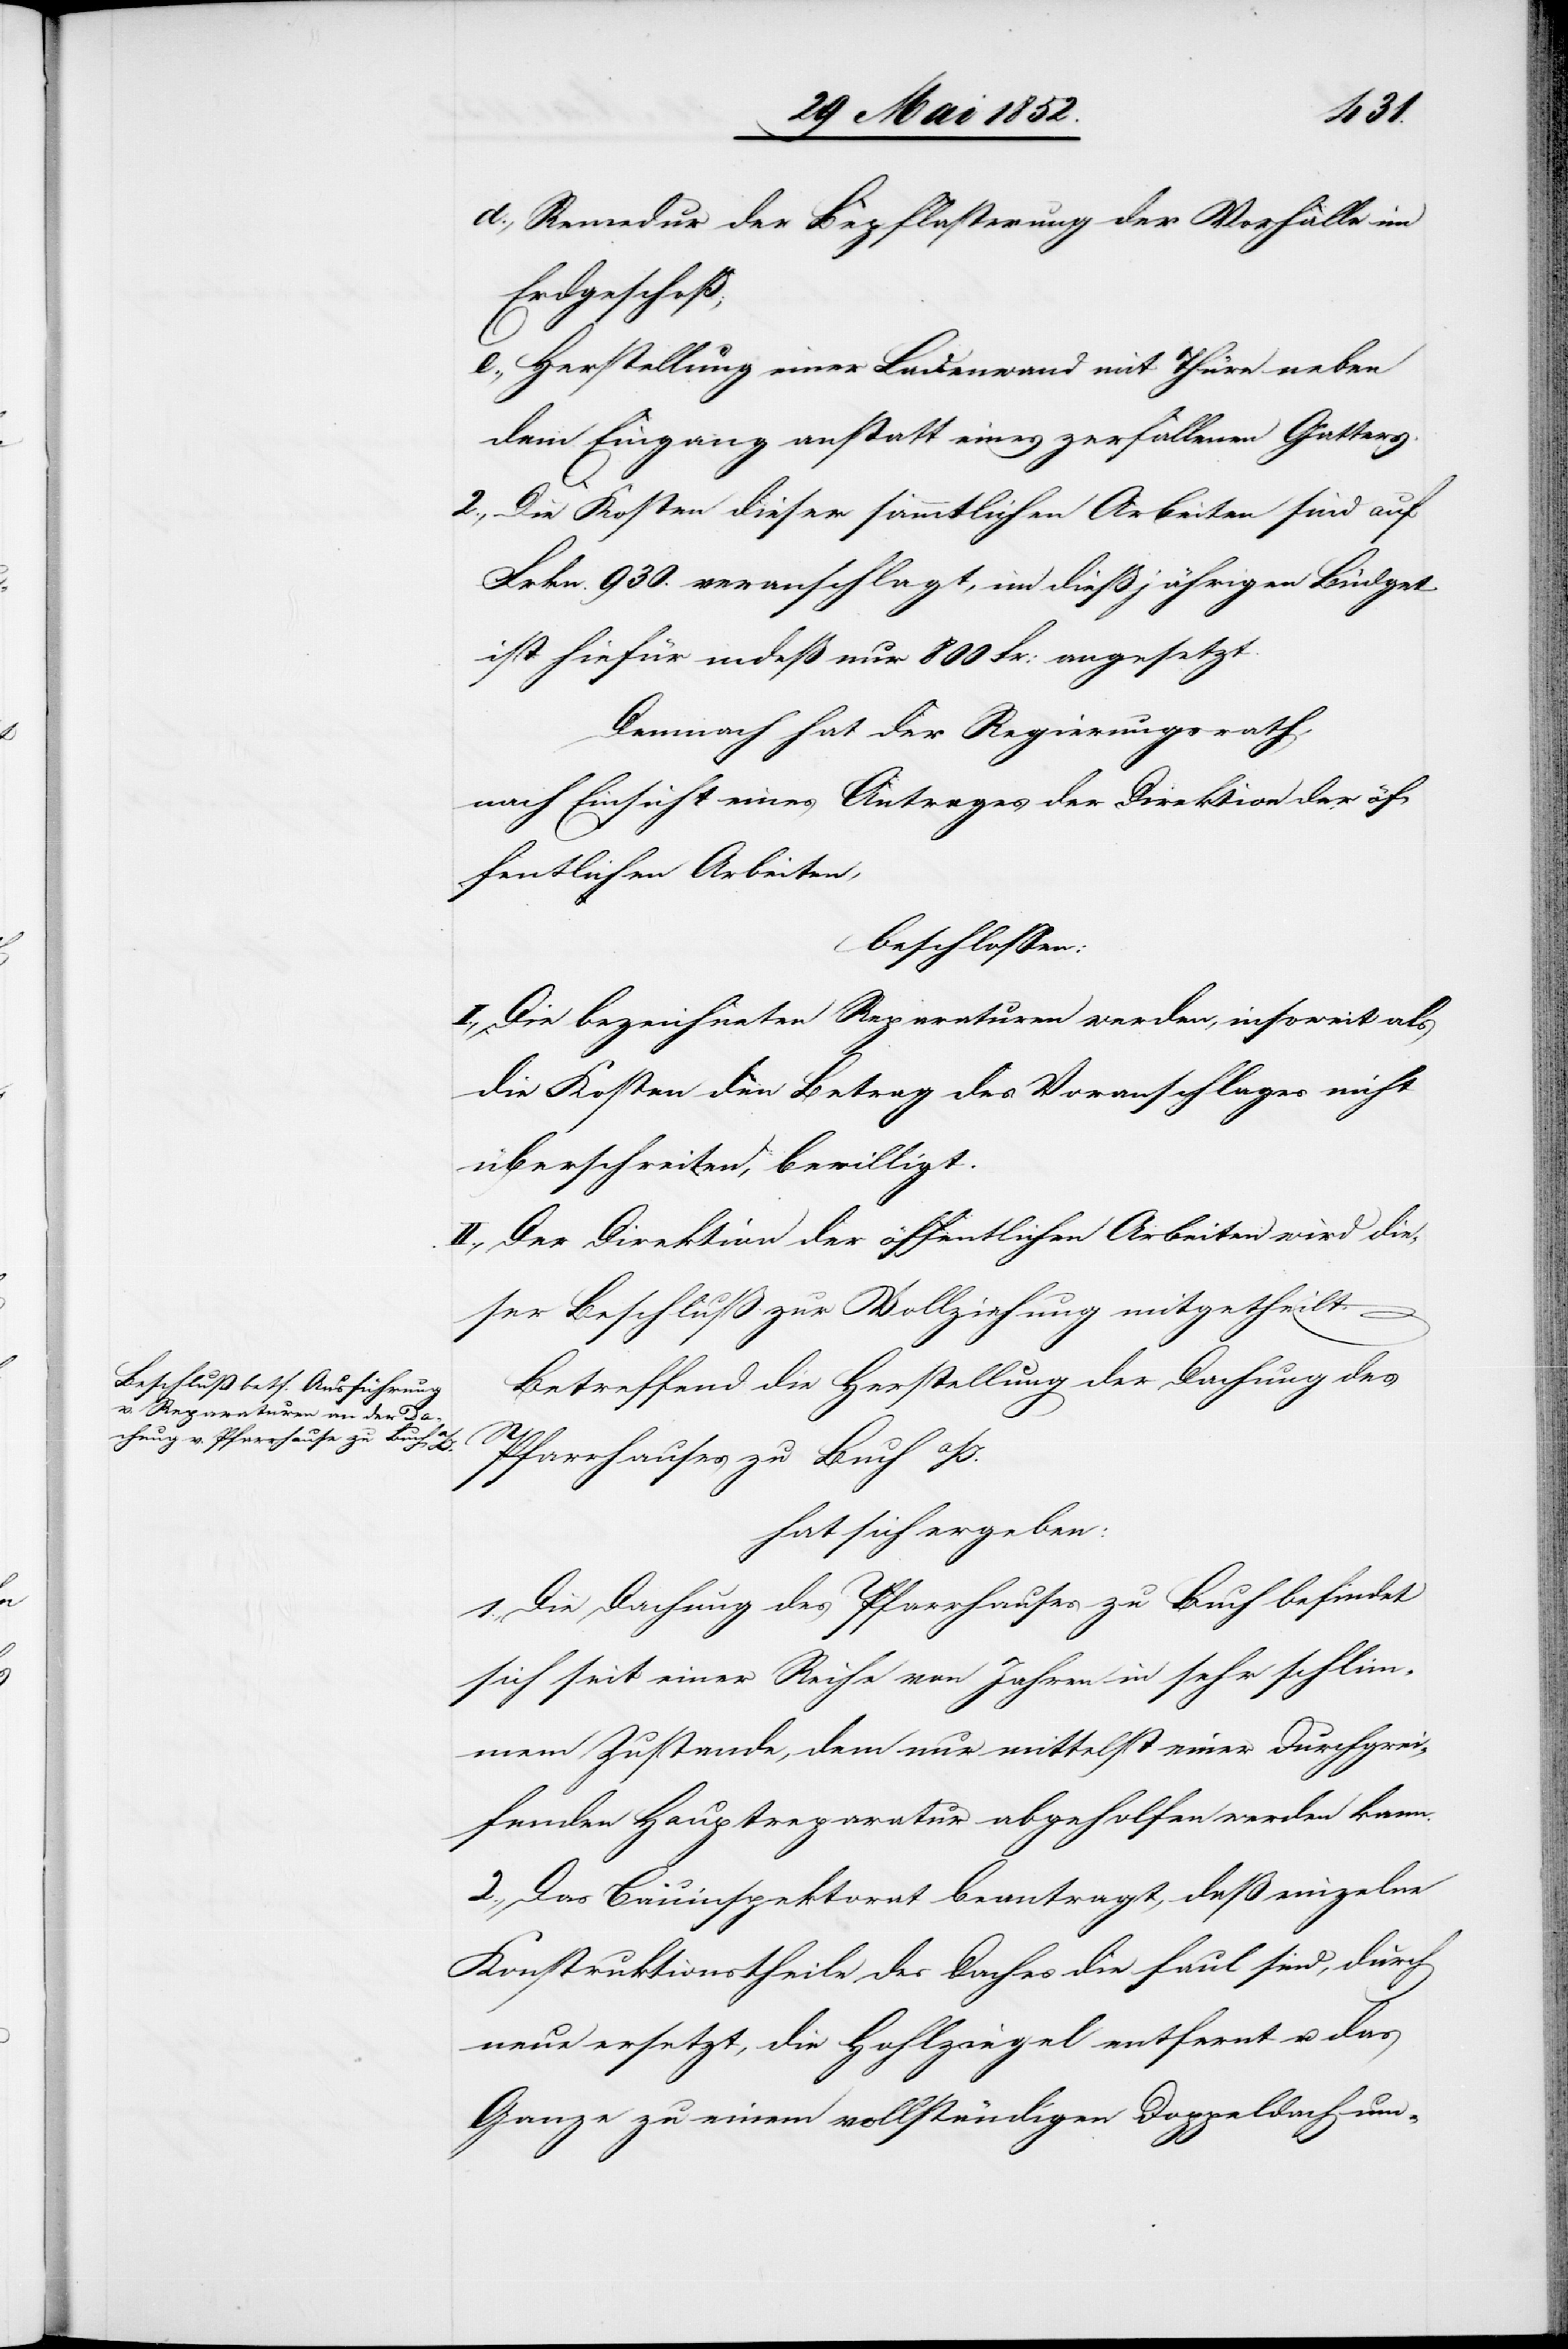
Remedur der Bepflasterung der Vorhalle im
Erdgeschoß;
Herstellung einer Ladenwand mit Thüre neben
dem Eingang anstatt eines zerfallenen Gatters.
2., Die Kosten dieser sämmtlichen Arbeiten sind auf
Frkn. 930. veranschlagt, im dießjährigen Büdget
ist hiefür indeß nur 800 Fr: angesetzt.
Demnach hat der Regierungsrath,
nach Einsicht eines Antrages der Direktion der öf¬
fentlichen Arbeiten,
beschlossen:
I., Die bezeichneten Reparaturen werden, insoweit als
die Kosten den Betrag des Voranschlages nicht
überschreiten, bewilligt.
II., Der Direktion der öffentlichen Arbeiten wird die¬
ser Beschluß zur Vollziehung mitgetheilt.
Betreffend die Herstellung der Dachung des
Pfarrhauses zu Buch a/I.
hat sich ergeben:
1., Die Dachung des Pfarrhauses zu Buch befindet
sich seit einer Reihe von Jahren in sehr schlim¬
mem Zustande, dem nur mittelst einer durchgrei¬
fenden Hauptreparatur abgeholfen werden kann.
2., Das Bauinspektorat beantragt, daß einzelne
Konstruktionstheile des Daches die faul sind, durch
neue ersetzt, die Hohlziegel entfernt u. das
Ganze zu einem vollständigen Doppeldach um-